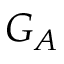
G _ { A }